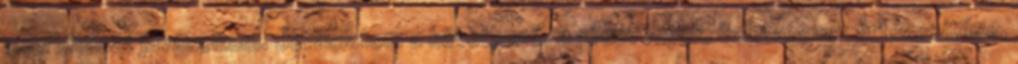
csorbítását javasoltam. Javaslatom a következő: a részvények, üzletrészek értékesítése,